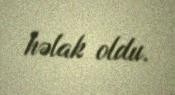
həlak oldu.